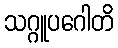
သဂ္ဂူပဂေါတိ